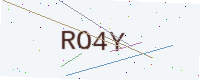
Text: RO4Y